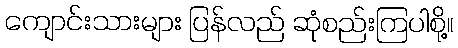
ကျောင်းသားများ ပြန်လည် ဆုံစည်းကြပါစို့။